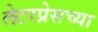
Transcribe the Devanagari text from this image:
लेटरप्रेसच्या